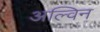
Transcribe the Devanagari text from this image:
अल्विन